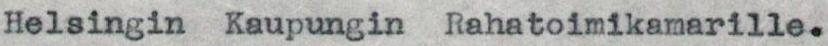
Helsingin Kaupungin Rahatoimikamarille.